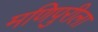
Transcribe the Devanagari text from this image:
मणिपुरीला